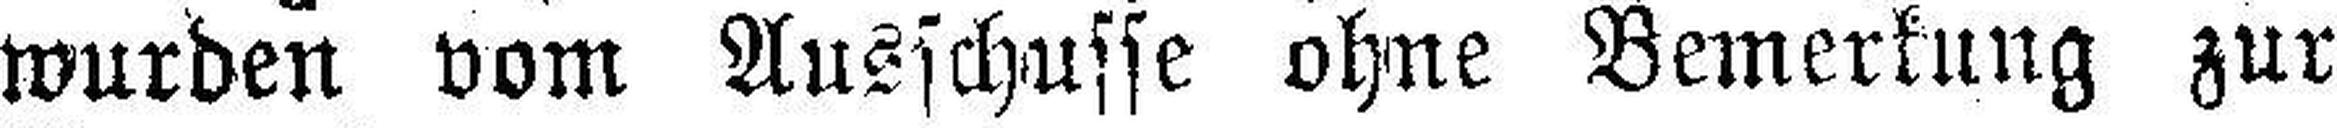
wurden vom Ausschusse ohne Bemerkung zur